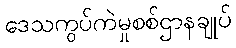
ဒေသကွပ်ကဲမှုစစ်ဌာနချုပ်